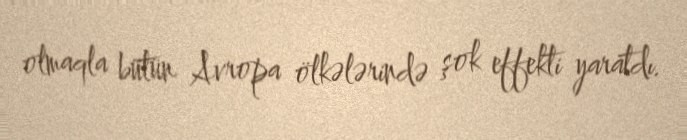
olmaqla bütün Avropa ölkələrində şok effekti yaratdı.